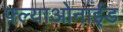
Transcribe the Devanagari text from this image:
फ्ल्याओनाईड